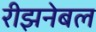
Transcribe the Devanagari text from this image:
रीझनेबल